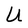
Character: U